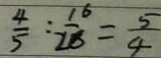
\frac { 4 } { 5 } : \frac { 1 6 } { 2 8 } = \frac { 5 } { 4 }